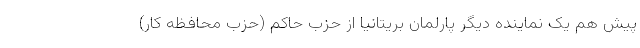
پیش هم یک نماینده دیگر پارلمان بریتانیا از حزب حاکم (حزب محافظه کار)